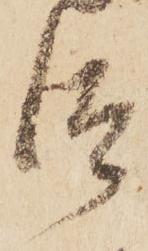
汰